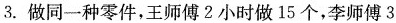
3.做同一种零件，王师傅2小时做15个，李师傅3